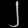
Digit: ၂